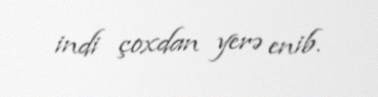
indi çoxdan yerə enib.